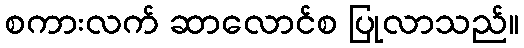
စကားလက် ဆာလောင်စ ပြုလာသည်။